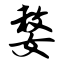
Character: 嫠